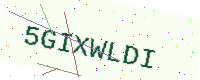
Text: 5GIXWLDI